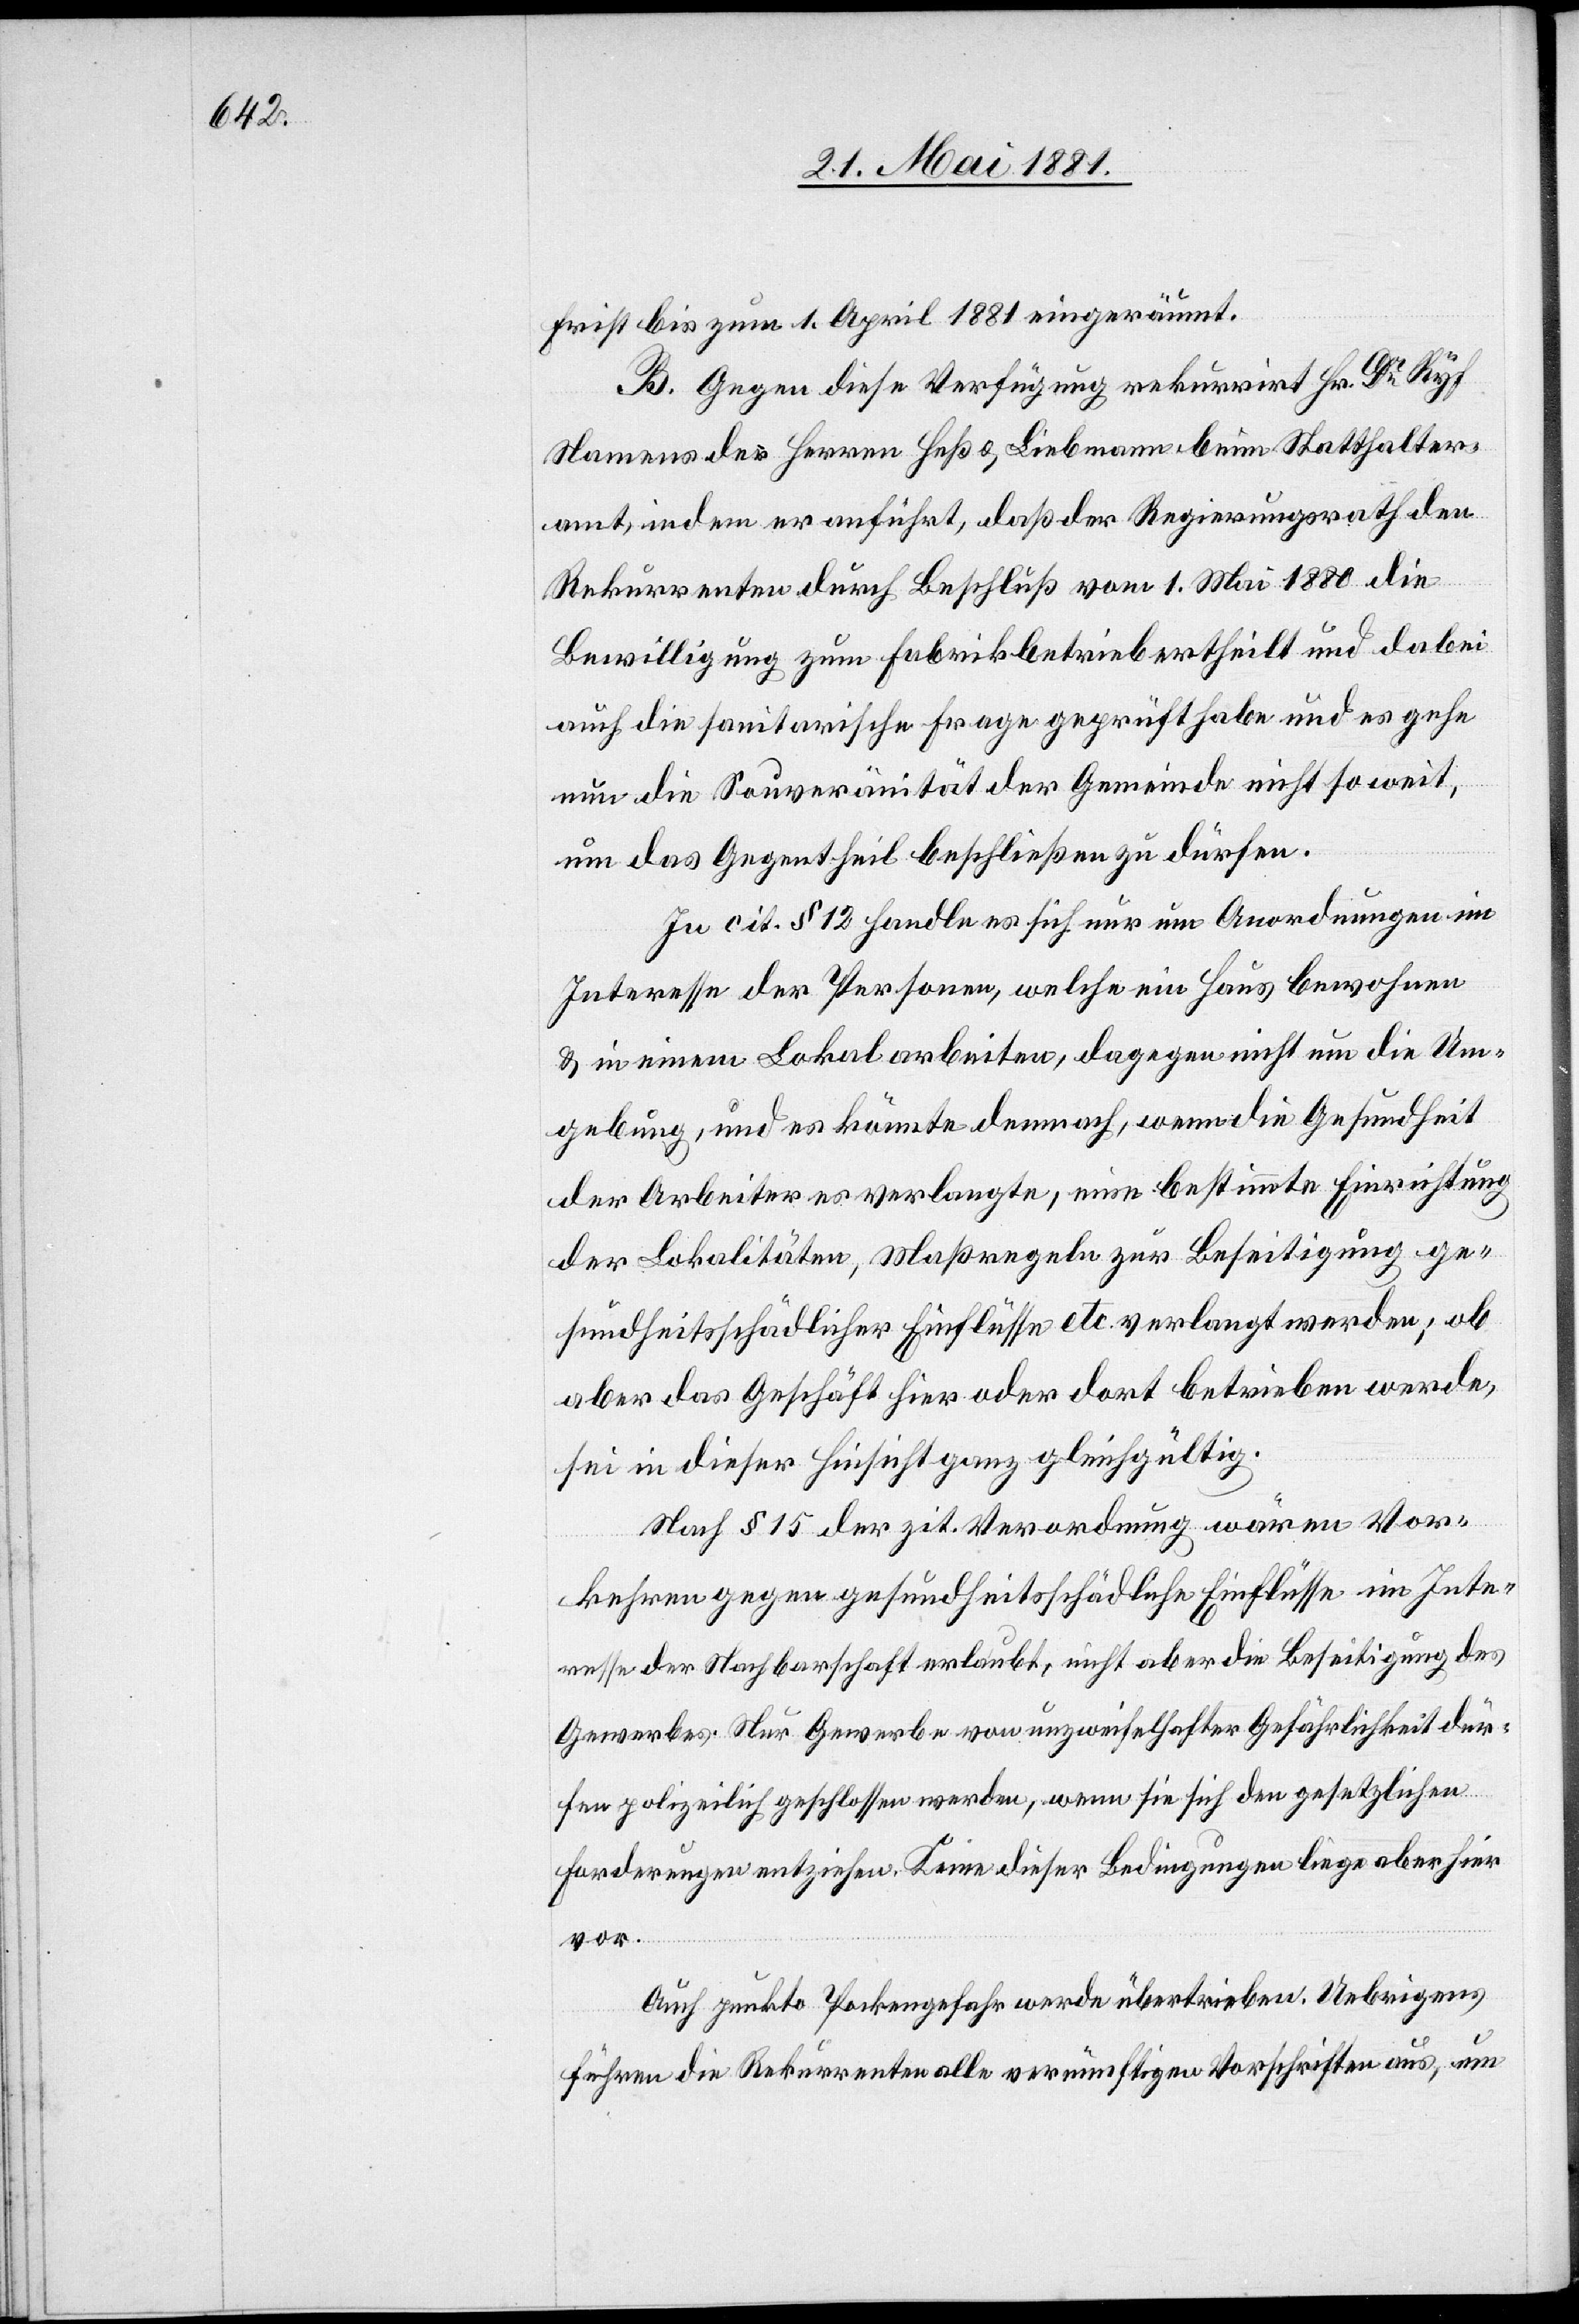
Frist bis zum 1. April 1881 eingeräumt.
B. Gegen diese Verfügung rekurrirt Hr. Dr Ryf
Namens der Herren Heß & Liebmann beim Statthalter¬
amt, indem er anführt, daß der Regierungsrath den
Rekurrenten durch Beschluß vom 1. Mai 1880 die
Bewilligung zum Fabrikbetrieb ertheilt und dabei
auch die sanitarische Frage geprüft habe und es gehe
nun die Souveränität der Gemeinde nicht so weit,
um das Gegentheil beschließen zu dürfen.
In cit. § 12 handle es sich nur um Anordnungen im
Interessen der Personen, welche ein Haus bewohnen
& in einem Lokal arbeiten, dagegen nicht um die Um¬
gebung, und es könnte demnach, wenn die Gesundheit
der Arbeiter es verlangte, eine bestimmte Einrichtung
der Lokalitäten, Maßregeln zur Beseitigung ge¬
sundheitsschädlicher Einflüsse etc. verlangt werden; ob
aber das Geschäft hier oder dort betrieben werde,
sei in dieser Hinsicht ganz gleichgültig.
Nach § 15 der zit. Verordnung wären Vor¬
kehrungen gegen gesundheitsschädliche Einflüsse im Inte¬
resse der Nachbarschaft erlaubt, nicht aber die Beseitigung des
Gewerbes. Nur Gewerbe von unzweifelhafter Gefährlichkeit dür¬
fen polizeilich geschlossen werden, wenn sie sich den gesetzlichen
Forderungen entziehen. Keine dieser Bedingungen liege aber hier
vor.
Auch punkto Pockengefahr werde übertrieben. Uebrigens
führen die Rekurrenten alle vernünftige Vorschriften aus, um